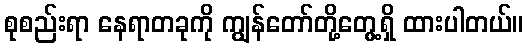
စုစည်းရာ နေရာတခုကို ကျွန်တော်တို့တွေ့ရှိ ထားပါတယ်။